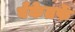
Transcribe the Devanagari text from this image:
बँकेतर्फे